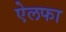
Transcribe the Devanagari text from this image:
ऐलफा